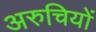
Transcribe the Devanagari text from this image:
अरुचियों